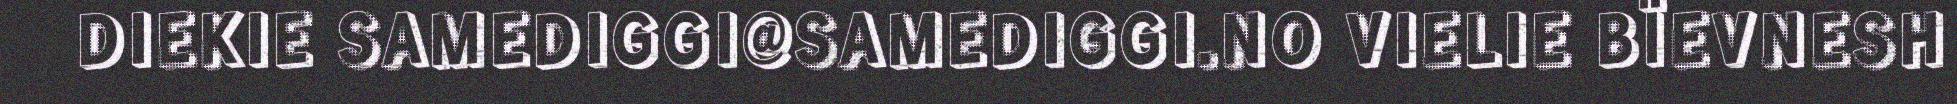
DIEKIE SAMEDIGGI@SAMEDIGGI.NO VIELIE BÏEVNESH